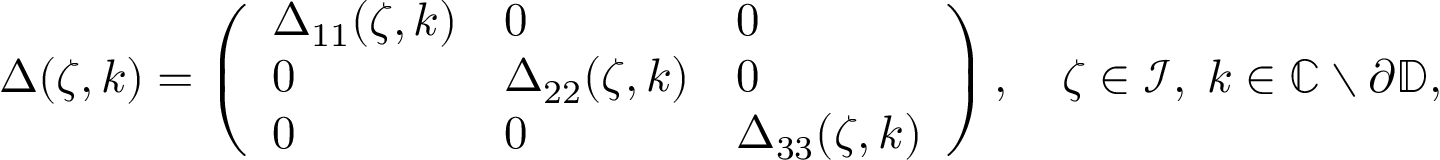
\begin{array} { r } { \Delta ( \zeta , k ) = \left( \begin{array} { l l l } { \Delta _ { 1 1 } ( \zeta , k ) } & { 0 } & { 0 } \\ { 0 } & { \Delta _ { 2 2 } ( \zeta , k ) } & { 0 } \\ { 0 } & { 0 } & { \Delta _ { 3 3 } ( \zeta , k ) } \end{array} \right) , \quad \zeta \in \mathcal { I } , \; k \in \mathbb { C } \setminus \partial { \mathbb D } , } \end{array}